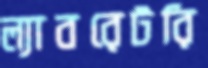
ল্যাবরেটরি